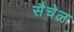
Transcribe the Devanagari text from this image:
सैचेल